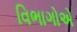
વિભાગોએ